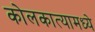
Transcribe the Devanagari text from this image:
कोलकात्यामध्ये